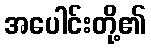
အပေါင်းတို့၏